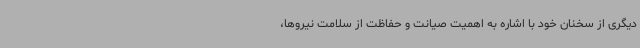
دیگری از سخنان خود با اشاره به اهمیت صیانت و حفاظت از سلامت نیروها،